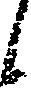
候